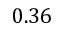
0 . 3 6